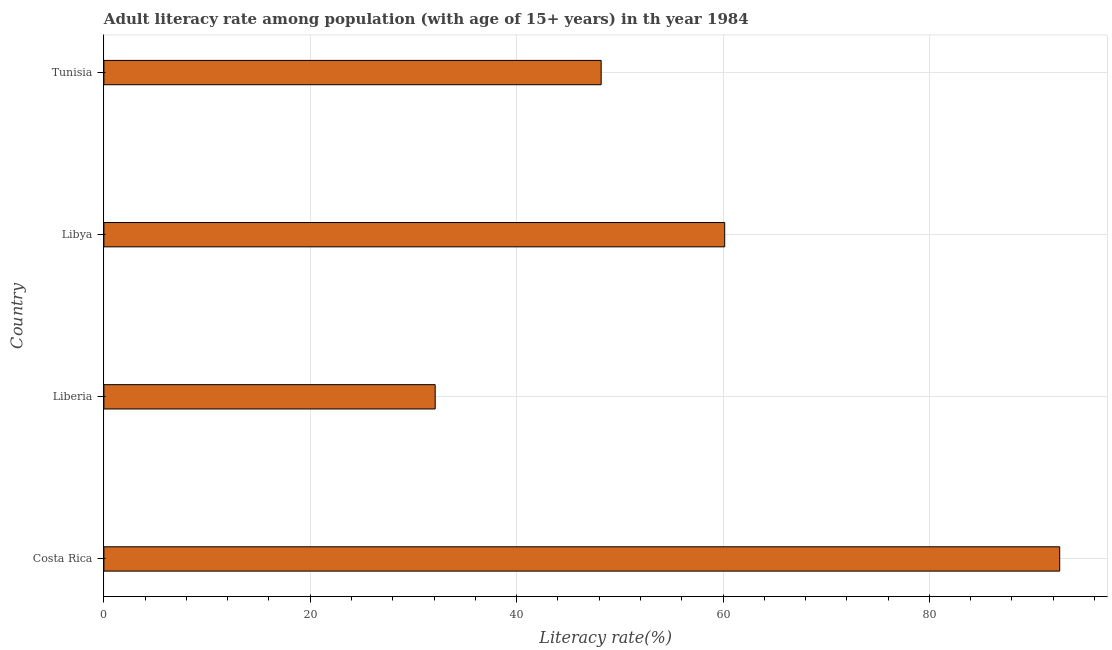
| Country | Adult literacy rate |
 | --- | --- |
 | Costa Rica | 92.6 |
 | Liberia | 32.1 |
 | Libya | 60.2 |
 | Tunisia | 48.2 |